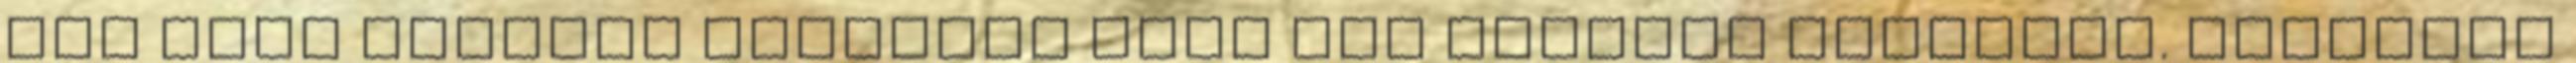
kép amit festeni lehetett pont egy angyalt ábrázolt. Teljesen